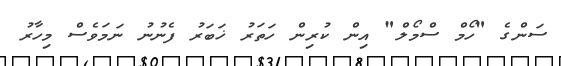
ސަންގެ "ހޯމް ސްމޯލް" އިން ކުރިން ހަތަރު ޚަބަރު ފެނުނު ނަމަވެސް މިހާރު